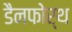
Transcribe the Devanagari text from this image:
डैनफोर्थ